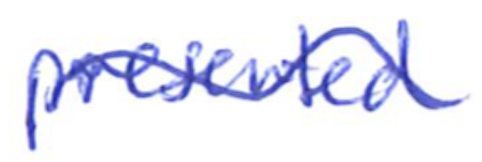
Text: presented
Cross-out: mix
Writing tool: ballpoint